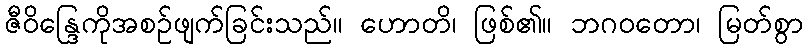
ဇီဝိန္ဒြေကိုအစဉ်ဖျက်ခြင်းသည်။ ဟောတိ၊ ဖြစ်၏။ ဘဂဝတော၊ မြတ်စွာ